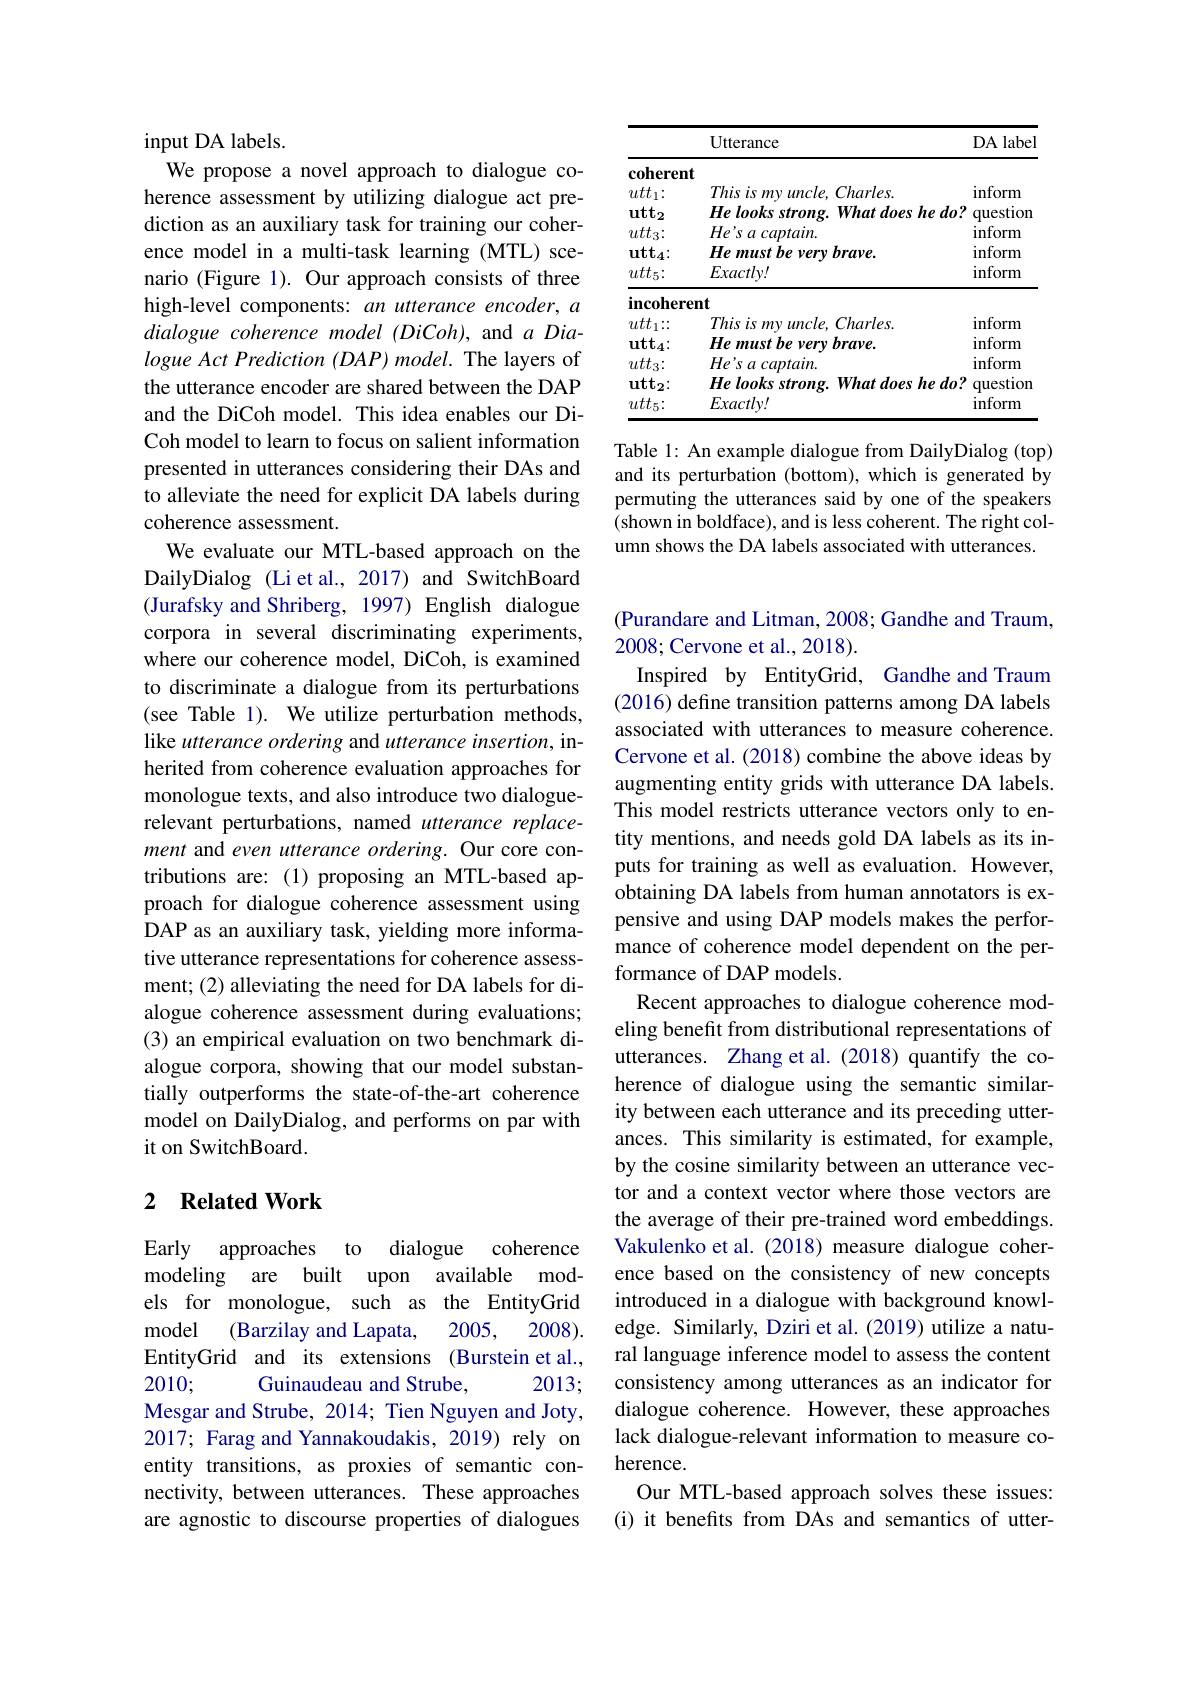
<table>
	<tbody>
		<tr>
			<th> </th>
			<th>Utterance</th>
			<th>DA label</th>
		</tr>
		<tr>
			<td>$\mathbf{coherent}$</td>
			<td> </td>
			<td> </td>
		</tr>
		<tr>
			<td>$utt_1\colon$</td>
			<td>$Thisismvuncle$, 2, $Charles.$</td>
			<td>inform</td>
		</tr>
		<tr>
			<td>$\operatorname{utt}_2$</td>
			<td>He looks strong. What does $he$ $do?$</td>
			<td>question</td>
		</tr>
		<tr>
			<td>$utt_3\colon$</td>
			<td>$He's~a~captain.$</td>
			<td>inform</td>
		</tr>
		<tr>
			<td>$utt_4:$</td>
			<td>He must be very brave.</td>
			<td>inform</td>
		</tr>
		<tr>
			<td>$utt_5\colon$</td>
			<td>$Exactly!$</td>
			<td>inform</td>
		</tr>
		<tr>
			<td>incoheren</td>
			<td>mt</td>
			<td> </td>
		</tr>
		<tr>
			<td>$utt_1::$</td>
			<td>This $is$ $my$ $uncle$, $Charles.$</td>
			<td>$\operatorname{inform}$</td>
		</tr>
		<tr>
			<td>$\mathrm{utt}_{4}{:}$</td>
			<td>He must be very brave</td>
			<td>inform</td>
		</tr>
		<tr>
			<td>$utt_3\colon$</td>
			<td>$He'sacaptain.$</td>
			<td>$\operatorname{inform}$</td>
		</tr>
		<tr>
			<td>ut$t_2$: </td>
			<td>He looks strong. What does he do?</td>
			<td>question</td>
		</tr>
		<tr>
			<td>$utt_5\colon$</td>
			<td>$Exactly!$</td>
			<td>inform</td>
		</tr>
	</tbody>
</table>

Table 1: An example dialogue from DailyDialog (top) and its perturbation (bottom), which is generated by permuting the utterances said by one of the speakers (shown in boldface), and is less coherent. The right column shows the DA labels associated with utterances.

input DA labels.
We propose a novel approach to dialogue coherence assessment by utilizing dialogue act prediction as an auxiliary task for training our coherence model in a multi-task learning (MTL) scenario (Figure 1). Our approach consists of three high-level components: an utterance encoder, a dialogue coherence model (DiCoh), and $a$ Dialogue Act Prediction (DAP) model. The layers of the utterance encoder are shared between the DAP and the DiCoh model. This idea enables our DiCoh model to learn to focus on salient information presented in utterances considering their DAs and to alleviate the need for explicit DA labels during coherence assessment.
We evaluate our MTL-based approach on the DailyDialog (Li et al., 2017) and SwitchBoard (Jurafsky and Shriberg, 1997) English dialogue corpora in several discriminating experiments, where our coherence model, DiCoh, is examined to discriminate a dialogue from its perturbations (see Table 1). We utilize perturbation methods, like utterance ordering and utterance insertion, inherited from coherence evaluation approaches for monologue texts, and also introduce two dialoguerelevant perturbations, named utterance replacement and even utterance ordering. Our core contributions are: (1) proposing an MTL-based approach for dialogue coherence assessment using DAP as an auxiliary task, yielding more informative utterance representations for coherence assessment; (2) alleviating the need for DA labels for dialogue coherence assessment during evaluations; (3) an empirical evaluation on two benchmark dialogue corpora, showing that our model substantially outperforms the state-of-the-art coherence model on DailyDialog, and performs on par with it on SwitchBoard.

## 2 $\textbf{Related Work}$

Early approaches to dialogue coherence modeling are built upon available models for monologue, such as the EntityGrid
(Barzilay and Lapata, 2005, 2008).
model
EntityGrid and its extensions (Burstein et al.,
2010;
2013;
Guinaudeau and Strube,
Mesgar and Strube, 2014; Tien Nguyen and Joty, 2017; Farag and Yannakoudakis, 2019) rely on entity transitions, as proxies of semantic connectivity, between utterances. These approaches are agnostic to discourse properties of dialogues

(Purandare and Litman, 2008; Gandhe and Traum,
2008; Cervone et al., 2018).
Inspired by EntityGrid, Gandhe and Traum (2016) define transition patterns among DA labels associated with utterances to measure coherence. Cervone et al. (2018) combine the above ideas by augmenting entity grids with utterance DA labels. This model restricts utterance vectors only to entity mentions, and needs gold DA labels as its inputs for training as well as evaluation. However, obtaining DA labels from human annotators is expensive and using DAP models makes the performance of coherence model dependent on the performance of DAP models.
Recent approaches to dialogue coherence modeling benefit from distributional representations of utterances. Zhang et al.(2018) quantify the coherence of dialogue using the semantic similarity between each utterance and its preceding utterances. This similarity is estimated, for example, by the cosine similarity between an utterance vector and a context vector where those vectors are the average of their pre-trained word embeddings. Vakulenko et al.(2018) measure dialogue coherence based on the consistency of new concepts introduced in a dialogue with background knowledge. Similarly, Dziri et al. (2019) utilize a natural language inference model to assess the content consistency among utterances as an indicator for dialogue coherence. However, these approaches lack dialogue-relevant information to measure coherence.
Our MTL-based approach solves these issues: (i) it benefits from DAs and semantics of utter-